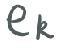
$e_{k}$